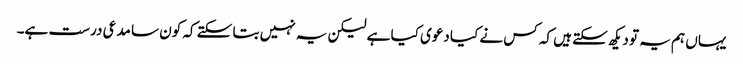
یہاں ہم یہ تو دیکھ سکتے ہیں کہ کس نے کیا دعوی کیا ہے لیکن یہ نہیں بتا سکتے کہ کون سا مدعی درست ہے۔